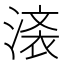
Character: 𣺒